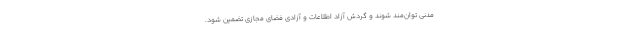
مدنی توان‌مند شوند و گردش آزاد اطلاعات و آزادی فضای مجازی تضمین شود.